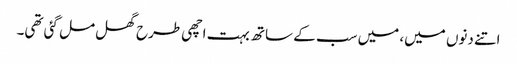
اتنے دنوں میں، میں سب کے ساتھ بہت اچھی طرح گھل مل گئی تھی۔